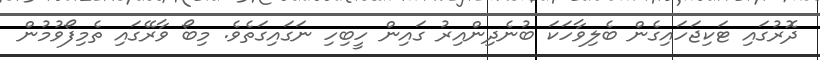
ދޮރުގައި ޓަކިޖަހައިގެން ބެލިވާހަކަ ބުނެދިންއިރު ގައިން ހީބިހި ނަގައިގަތެވެ. މިބޯ ވާރޭގައި ތެމިފޯވުމުން